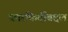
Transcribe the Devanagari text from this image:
कारकिर्दीबद्दल